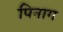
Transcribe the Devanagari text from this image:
पिनाग